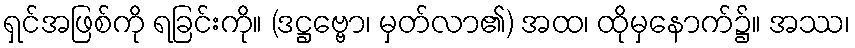
ရှင်အဖြစ်ကို ရခြင်းကို။ (ဒဋ္ဌဗ္ဗော၊ မှတ်လာ၏) အထ၊ ထိုမှနောက်၌။ အဿ၊